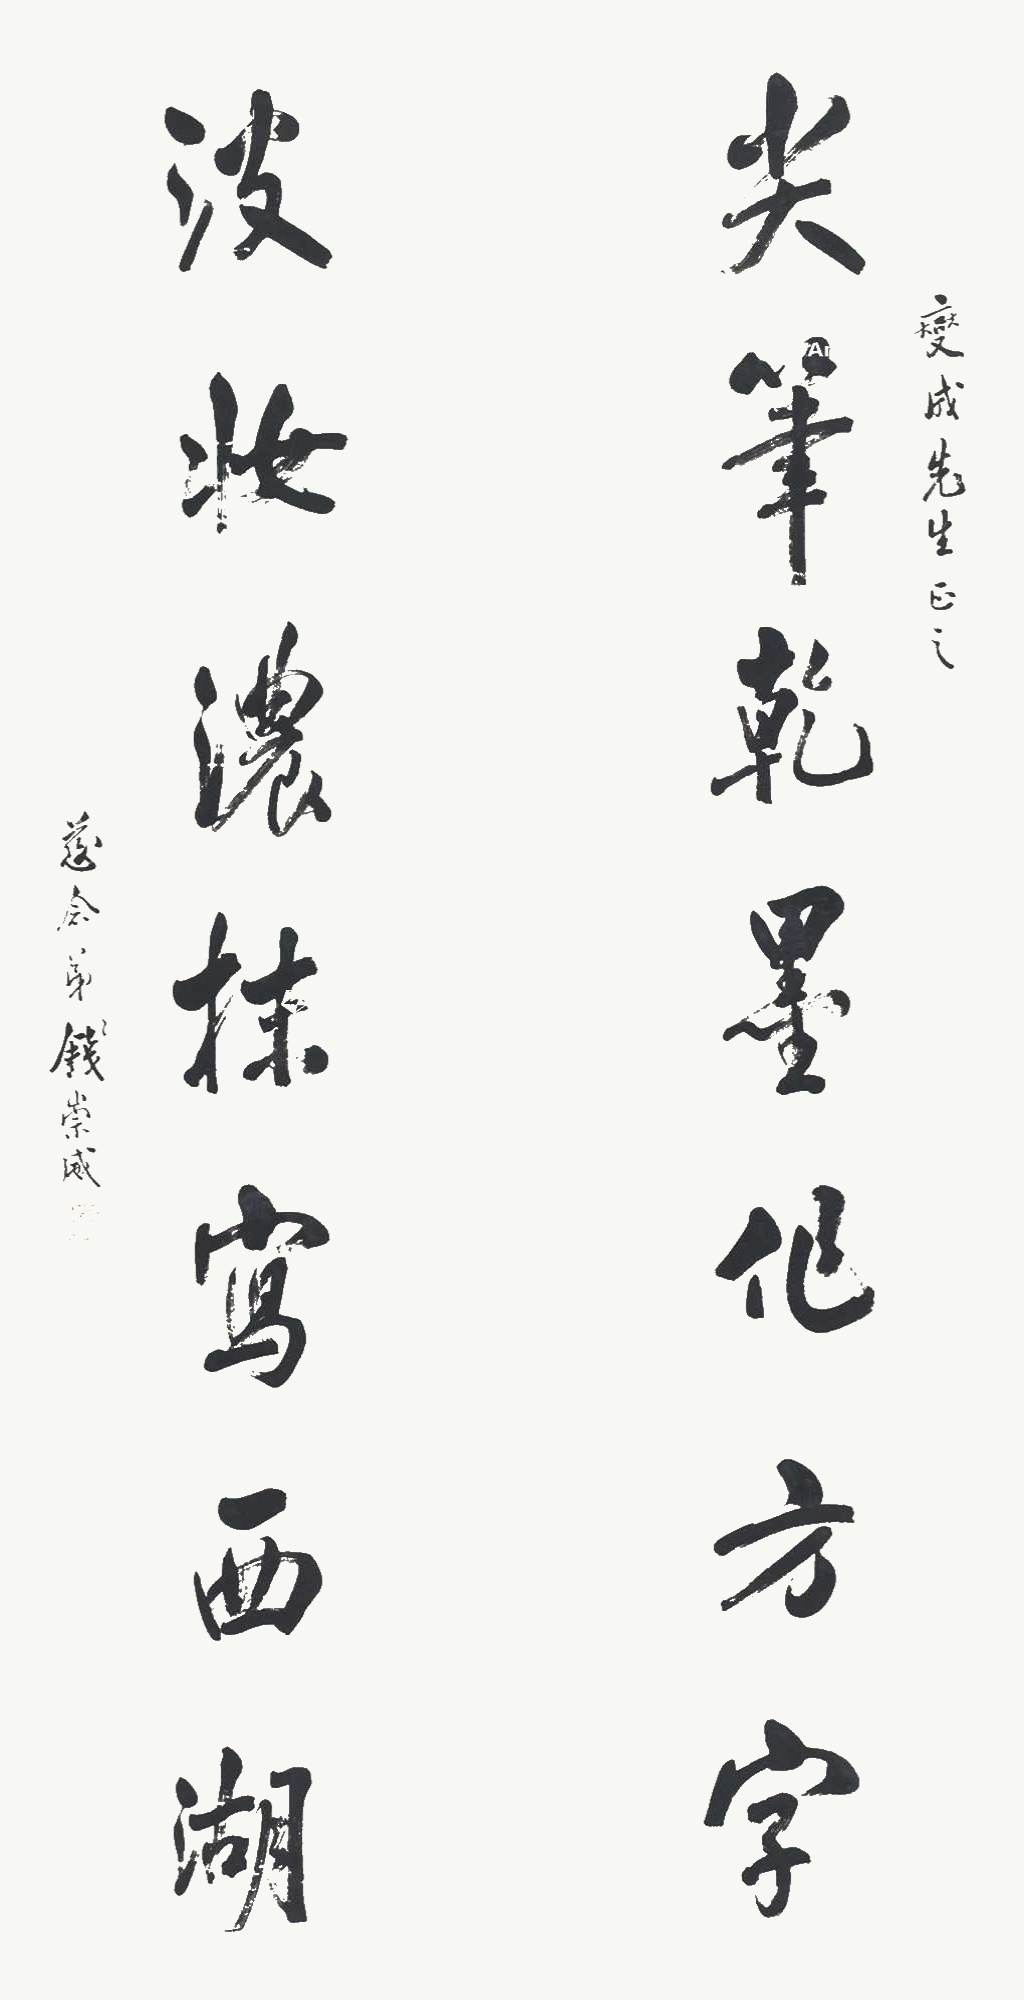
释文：尖笔干墨作方字，淡妆浓抹写西湖。燮成先生正之，念慈弟钱崇威。